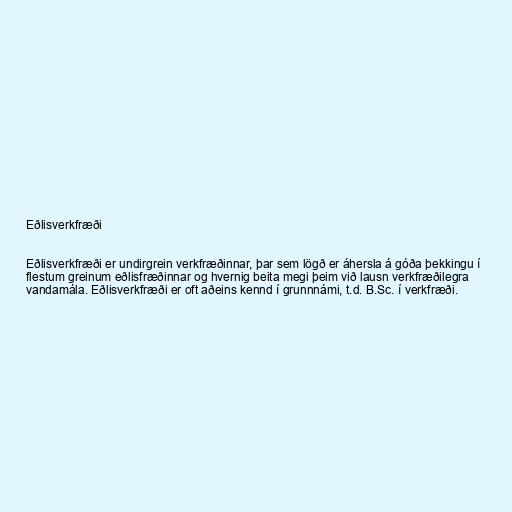
Eðlisverkfræði

Eðlisverkfræði er undirgrein verkfræðinnar, þar sem lögð er áhersla á góða þekkingu í
flestum greinum eðlisfræðinnar og hvernig beita megi þeim við lausn verkfræðilegra
vandamála. Eðlisverkfræði er oft aðeins kennd í grunnnámi, t.d. B.Sc. í verkfræði.